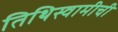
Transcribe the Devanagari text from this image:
तिथिस्वामीची